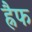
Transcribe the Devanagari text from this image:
ह्नैफ